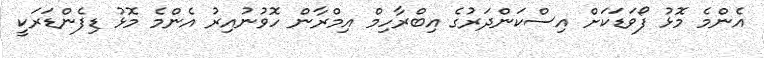
އެންމެ މޮޅު ފޯވަޑަކަށް އިސްކަންދަރުގެ އިބްރާހިމް އިމްރާން ހޮވުނުއިރު އެންމެ މޮޅު ޑިފެންޑަރަކީ